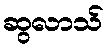
ဆွလာသ်